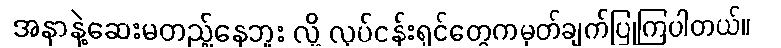
အနာနဲ့ဆေးမတည့်နေဘူး လို့ လုပ်ငန်းရှင်တွေကမှတ်ချက်ပြုကြပါတယ်။